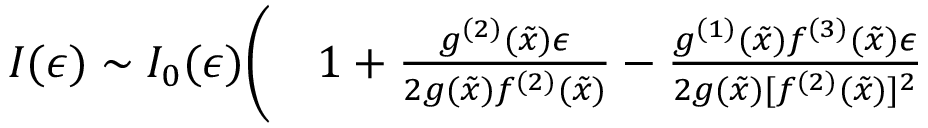
\begin{array} { r l } { I ( \epsilon ) \sim I _ { 0 } ( \epsilon ) \Bigg ( } & { { } 1 + \frac { g ^ { ( 2 ) } ( \tilde { x } ) \epsilon } { 2 g ( \tilde { x } ) f ^ { ( 2 ) } ( \tilde { x } ) } - \frac { g ^ { ( 1 ) } ( \tilde { x } ) f ^ { ( 3 ) } ( \tilde { x } ) \epsilon } { 2 g ( \tilde { x } ) [ f ^ { ( 2 ) } ( \tilde { x } ) ] ^ { 2 } } } \end{array}